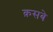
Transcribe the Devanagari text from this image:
क़सबे